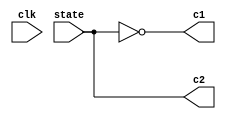
/*
module relay_driver(input clk,
						  input state,
							output reg c1,
							output reg c2);
							
	reg state_changed;
	reg new_state;
	
	always @(state) begin
		state_changed <= 1;
		new_state <= state;
	end
	
	always @(clk) begin
		if ((state_changed == 1) && (clk ==1)) begin
			c1 <= ~new_state;
			c2 <= new_state;
		end
		
		else if (clk == 0) begin
			state_changed <= 0;
			c1 <= 0;
			c2 <= 0;
		end 
	end
		
								
endmodule
*/

module relay_driver(input clk,
							input state,
							output c1,
							output c2);
	
	assign c1 = ~state;
	assign c2 = state;
								
endmodule